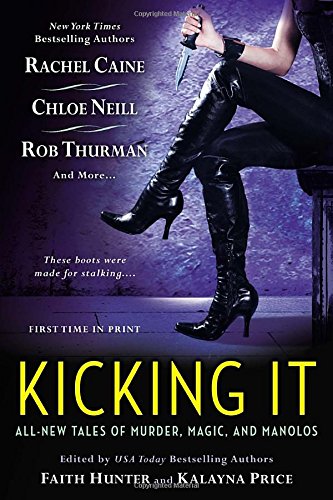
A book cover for Kicking It: All-New Tales of Murder, Magic and Manolos; Science Fiction & Fantasy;